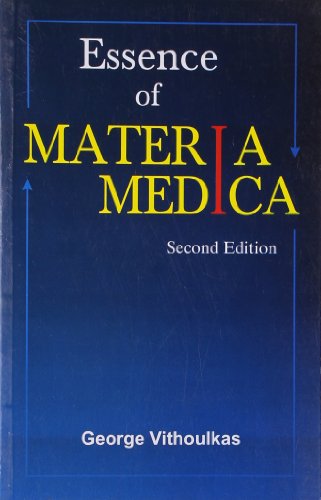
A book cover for Essence of Homeopathic Materia Medica; George Vithoulkas; Health, Fitness & Dieting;